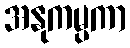
အနုကမ္ပကာ